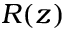
R ( z )